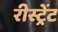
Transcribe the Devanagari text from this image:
रीस्ट्रेंट